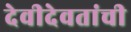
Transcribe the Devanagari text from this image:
देवीदेवतांची